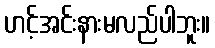
ဟင့်အင်းနားမလည်ပါဘူး။